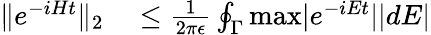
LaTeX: \begin{array}{rl}{\| e^{-iHt}\| _{2}}&{{}\le\frac{1}{2\pi\epsilon}\oint_{\Gamma}\mathrm{max}|e^{-iEt}||dE|}\end{array}